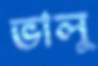
ভালু